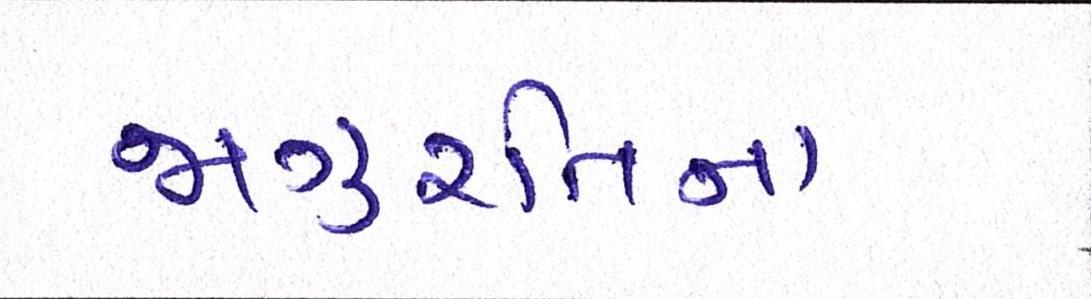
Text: જાગુ્રતિના